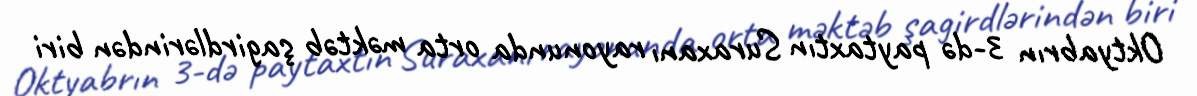
Oktyabrın 3-də paytaxtın Suraxanı rayonunda orta məktəb şagirdlərindən biri